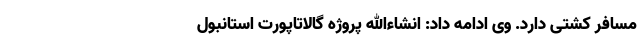
مسافر کشتی دارد. وی ادامه داد: انشاء‌الله پروژه گالاتاپورت استانبول